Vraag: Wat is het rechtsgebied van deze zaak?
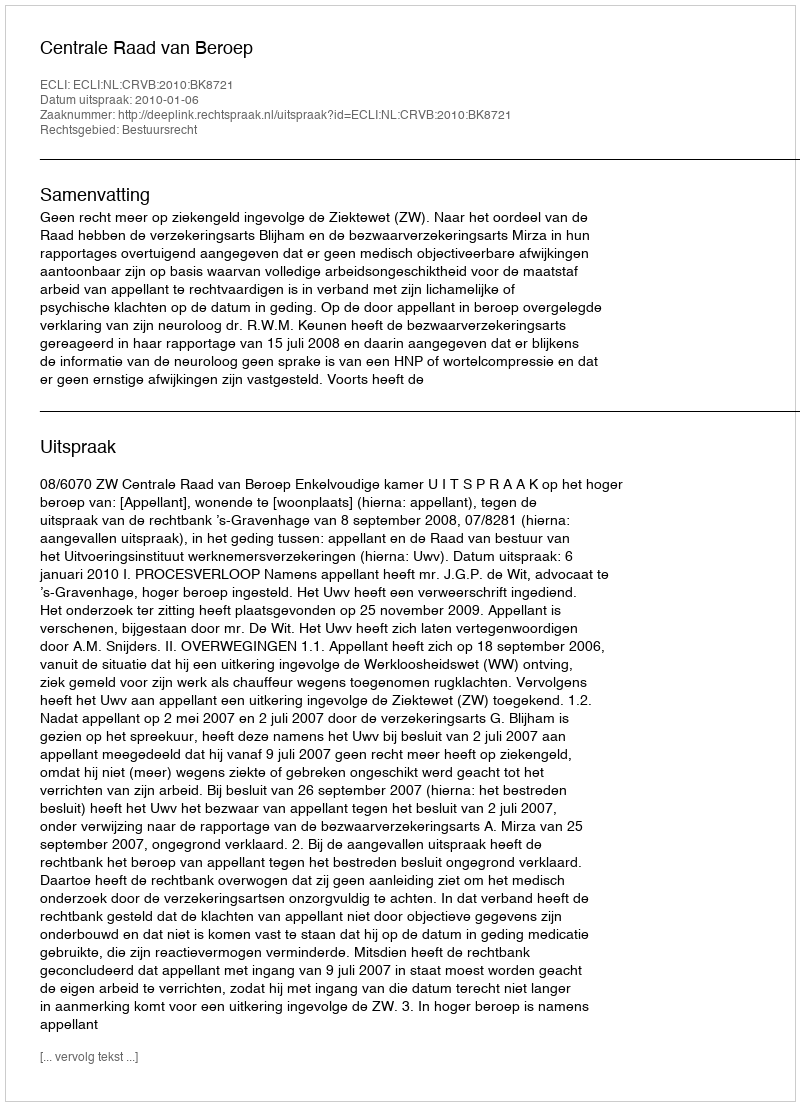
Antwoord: Bestuursrecht